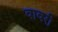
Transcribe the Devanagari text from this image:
वावरी